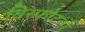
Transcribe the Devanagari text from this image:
विस्फोटनों